Vaccination in Bombay 1869-1873 - 1869-1873
Year: 1869
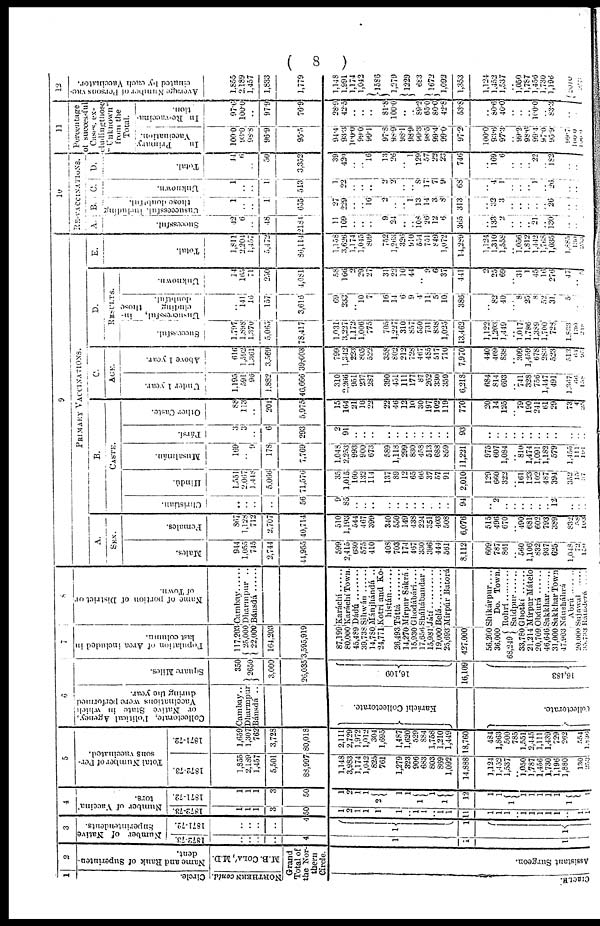
(
8 )
1
Circle.
NORTHERN contd.
2
Name and Rank of Superinten-
dent.
M.B. COLA', M.D.
Grand
Total of
the Nor¬
thern
Circle.
CIRCLE.
Assistant Surgeon.
3
Number of Native
Superintendents.
1872-73
..
..
..
..
4
1
1
1
1871-72
..
..
..
..
4
1
1
1
4
Number of Vaccina
tors.
1872-73
1
1
1
3
50
1
2
1
1
1
1
..
1
1
..
1
11
1
1
1
..
1
1
1
1
1
..
1
1
1871-72
1
1
1
3
50
1
2
1
1
2
1
1
1
1
1
12
1
1
1
1
1
1
1
1
1
1
5
Total Number of Per-
sons vaccinated.
1872-73
1,355
2,189
1,451
5,501
88,997
1,148
3,983
1,174
1,042
825
761
1,279
323
906
683
803
869
1,092
14,888
1,124
1,452
1,537
.. 1,050
1,787
1,456
1,730
1,196
1,880
130
253
1871-72
1,659
1,307
762
3,728
80,018
2,111
2,729
1,972
1,012
304
1,695
1,487
1,620
529
884
1,758
1,210
1,449
18,760
484
1,863
500
785
1,551
2,445
1,111
1,439
729
262
554
1,836
6
Collectorate, Political Agency,
or Native State in which
Vaccinations were performed
during the year.
Cambay..
Dharmpur
Bánsdá ..
Karáchí Collectorate
Collectorate
Square Miles.
350
2650
3,000
20,035
16,109
16,109
16,483
7
Population of Area included in
last column.
117,203
25,000
22,000
164,203
3,595,919
87,199
80,000
45,489
39,738
14,780
24,771
26,493
14,270
15,930
17,656
15,981
19,000
25,693
427,000
56,200
36,000
68,249
33,780
21,214
20,709
46,646
31,000
47,903
20,000
35,733
8
Name of portion of District or
of Town.
Cambay
Dharmpur ..
Báusdá
Karáchí
Karáchí Town.
Dádú
Siliwán
Mánjhándá ..
Kotri and Ko¬
histán ..............
Táttá
Mírpur Sákrá.
Ghodábárí....
Sháhábandar.
Játí
Belá
Mírpúr Batorá
Shikárpur ....
Do. Town.
Rohrí
Saidpur
Ghotki
Mírpur Mátelo
Obáurá
Sakkhar ......
Sakkhar Town
Mánsháhrá
Abrú ......
Sujnwal
Rataderá .....
9
PRIMARY VACCINATIONS.
A.
SEX.
Males.
944
1,055
745
2,744
44,955
599
2,415
630
575
410
408
703
174
467
330
396
444
561
8,112
609
787
861
..
560
1,106
832
937
625
1,048
72
150
Females.
867
1,128
712
2,707
40,714
510
1,193
544
467
399
340
550
149
438
224
351
403
508
6,076
515
496
670
.. 490
681
602
793
3S9
832
58
103
B.
CASTE.
Christian.
..
..
..
..
56
9
85
..
..
..
..
..
..
..
..
..
.. ..
94
..
2
.. ..
.. ..
..
.. 12
..
..
..
Hindú.
1,551
2,067
1,448
5,066
71,576
35
1,015
160
132
114
137
89
12
65
66
37
57
91
2,010
129
660
322
.. 161
123
102
487
394
352
15
37
Musalmán.
169
.. 9
178
7,769
1,048
2,253
993
900
673
589
1,118
299
830
458
513
688
859
11,221
975
607
1,084
.. 810
1,474
1,091
1,182
579
1,455
111
191
Pársí.
3
3
..
6
293
2
91
..
..
..
..
..
..
..
..
..
..
..
93
..
..
..
..
..
..
..
..
..
..
..
..
Other Caste.
88
113
..
201
5,975
15
164
21
10
22
22
46
12
10
30
197
102
119
770
20
14
125
.. 79
190
241
61
29
73
4
25
C.
AGE.
Under 1 year.
1,195
591
96
1,882
46,666
310
2,266
951
237
287
390
451
111
177
87
262
330
359
6,218
684
814
693
.. 741
328
756
1,447
491
1,367
66
138
Above 1 year.
616
1,592
1,361
3,569
39,003
799
1,342
223
805
522
358
802
212
728
467
485
517
710
7,970
440
469
838
.. 309
1,459
678
283
523
513
61
95
D.
RESULTS.
Successful.
1,797
1,898
1,370
5,065
78,417
1,031
3,227
1,172
775
..
.. 310
857
550
731
838
1,025
13,462
1,122
1,203
1,449
..
1,017
1,786
1,389
1,700
728
1,833
130
218
Unsuccessful, in¬
cluding
those
doubtful.
..
141
16
157
3,616
69
233
.. 10
7
16
14
6
9
4
11
5
10
386
..
82
40
.. 8
25 8
52
31
5
..
..
Unknown.
14
165
71
250
4,081
58
166
.. 29
27
31
22
10
44
.. 9
6
37
441
2
25
69
.. 31
1
45
16
276
47
..
..
E.
Total.
1,811
2,201
1,457
5,472
86,114
1,158
3,626
1,174
1,015
809
752
1,263
326
910
554
751
849
1,072
14,289
1,124
1,310
1,558
.. 1,056
1,812
1,442
1,768
1,035
1,885
130
253
10
RE-VACCINATIONS.
A.
Successful.
42
6
..
48
2181
11
169
..
..
..
9
24
..
.. 108
26
12
6
365
..
133
2
..
..
.. 21
..
130
..
..
..
B.
Unsuccessful, including
those doubtful.
1
..
..
1
655
27
229
..
.. 16
2
..
.. 1
13
14
3
8
313
..
32
3
..
..
..
..
.. 26
..
..
..
C.
Unknown.
1
..
..
1
513
1
22
..
..
..
2
2
..
.. 8
17
7
9
68
..
4
1
..
..
.. 1
.. 26
..
..
..
D.
Total.
44
6
..
50
3,352
39
420
..
.. 16
13
26
.. 1
129
57
22
23
746
..
169 6
..
..
.. 22
.. 182
..
..
..
11
Percentage
of successful
Cases, ex¬
cluding those
" Unknown"
from the
Total.
In
Primary
Vaccination.
100.0
93.0
98.8
96.9
95.5
94.4
93.3
100.0
990
99.4
97.8
98.9
98.1
98.9
99.3
98.5
99.4
99.0
97.2
100.0
93.6
97.3
.. 99.2
98.6
99.4
97.0
95.9
99. 7
100.0
100.0
In Re-vaccina¬
tion.
97.6
100.0
..
97.9
76.9
28.9
42.5
..
..
..
81.8
100.0
..
.. 89.2
65.0
80.0
42.8
53.8
..
80.6
40.0
..
..
.. 100.0
.. 83.3
..
..
..
12
Average Number of Persons vac-
cinated by each Vaccinator.
1,855
2,189
1,457
1,833
1,779
1,148
1,991
1,174
1,042
1586
1,279
1229
683
1672
1,092
1,353
1,124
1,452
1,537
.. 1,050
1,787
1,456
1,730
1,196
2010
..
99